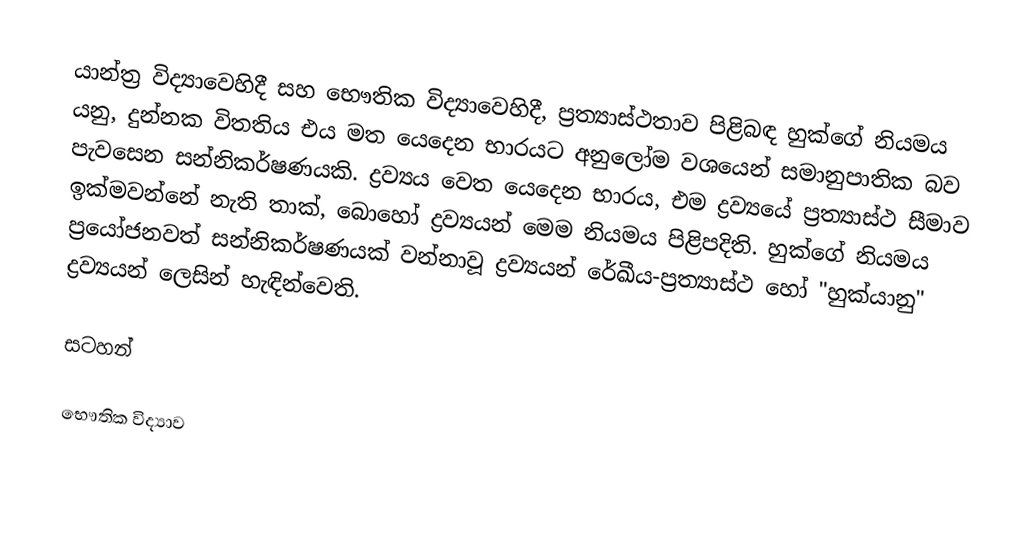
යාන්ත්‍ර විද්‍යාවෙහිදී සහ භෞතික විද්‍යාවෙහිදී, ප්‍රත්‍යාස්ථතාව පිළිබඳ  හුක්ගේ නියමය යනු,  දුන්නක විතතිය එය මත යෙදෙන  භාරයට අනුලෝම වශයෙන් සමානුපාතික බව පැවසෙන සන්නිකර්ෂණයකි. ද්‍රව්‍යය වෙත යෙදෙන භාරය, එම ද්‍රව්‍යයේ ප්‍රත්‍යාස්ථ සීමාව ඉක්මවන්නේ නැති තාක්, බොහෝ ද්‍රව්‍යයන් මෙම නියමය පිළිපදිති.  හුක්ගේ නියමය ප්‍රයෝජනවත් සන්නිකර්ෂණයක් වන්නාවූ ද්‍රව්‍යයන් රේඛීය-ප්‍රත්‍යාස්ථ හෝ  "හුක්යානු" ද්‍රව්‍යයන් ලෙසින් හැඳින්වෙති.

සටහන්

භෞතික විද්‍යාව